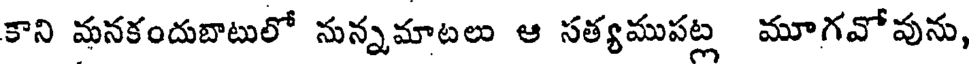
కాని మనకందుబాటులో నున్నమాటలు ఆ సత్యముపట్ల మూగవోవును,